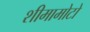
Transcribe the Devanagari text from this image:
शीमामोटो